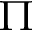
\Pi